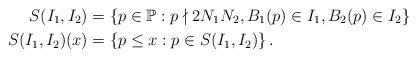
LaTeX: \begin{align*}S(I_1,I_2) &= \left\lbrace p \in \mathbb{P}: p\nmid 2N_1N_2, B_1(p) \in I_1, B_2(p) \in I_2 \right\rbrace \\S(I_1,I_2)(x) &= \left\lbrace p\leq x: p\in S(I_1,I_2) \right\rbrace.\end{align*}